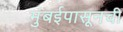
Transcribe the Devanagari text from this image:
मुंबईपासूनची